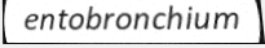
entobronchium